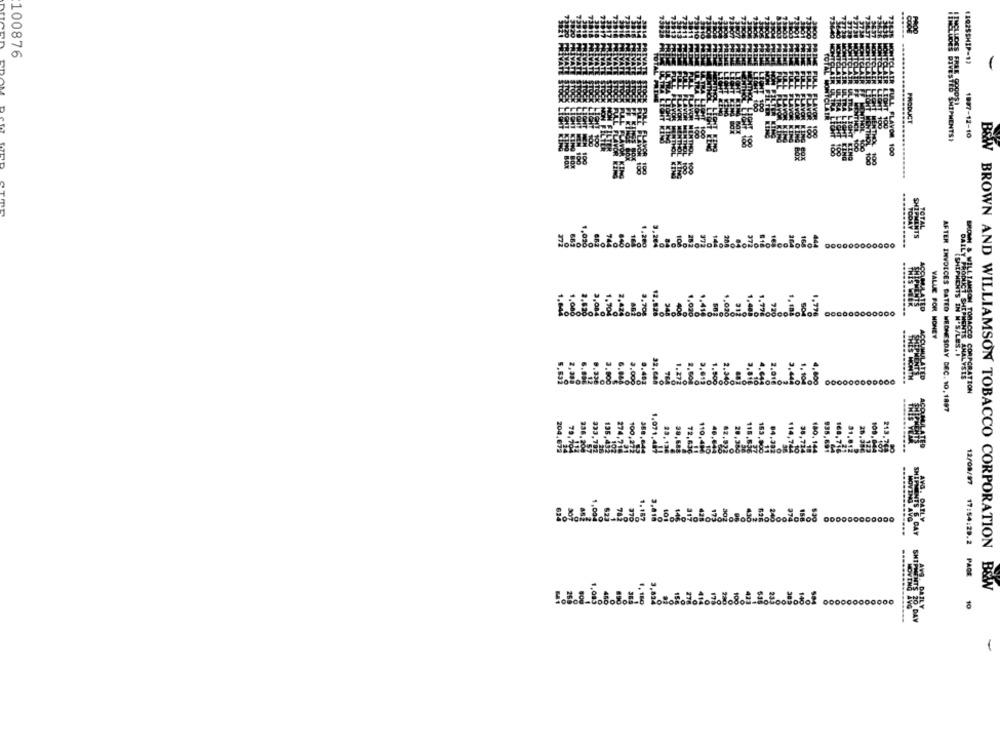
100876
PRODUCT
1897-12-10
SLUSES SIVE,YES" SHIPMENTS
B&W
5888
88
TOTAL
SHIPMENTS
SONONicoFORof
44
1,77
VALUE FOR MONEY
DAILY ALPHONTS IN W'S/LES. I
BRONI S_WILLIAMSON TOBACCO CORPORA
AFTER INVOICES DATED WEDNESDAY DEC. 10,1897
12/09/97
MOVING AVG
AVG. DATLY
SHIPMENTS 6 CAY
17:54:28.2 PAGE
BROWN AND WILLIAMSON TOBACCO CORPORATION B&W
0000
SHTAMB. DAILY
10
SUMME 20. DAY
-